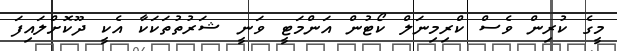
މީގެ ކުރިން ވެސް ކްރިމިނަލް ކޯޓުން އަންމަޓީ ވަނީ ޝަރުތުތަކަކާ އެކީ ދޫކޮށްލައިފަ